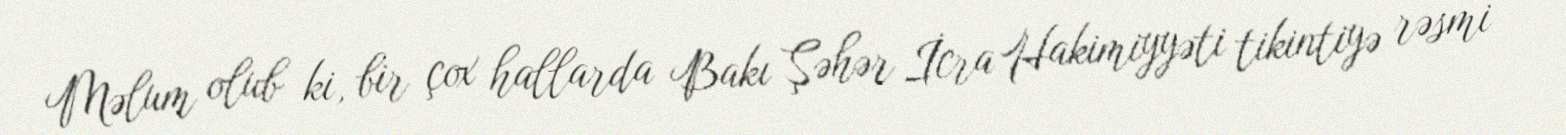
Məlum olub ki, bir çox hallarda Bakı Şəhər İcra Hakimiyyəti tikintiyə rəsmi